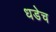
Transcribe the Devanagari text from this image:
धडेच